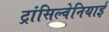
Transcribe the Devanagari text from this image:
ट्रांसिल्वेनियाई